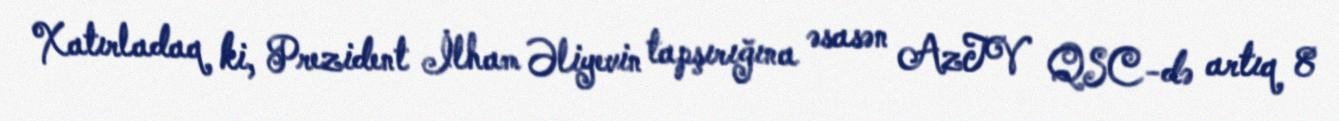
Xatırladaq ki, Prezident İlham Əliyevin tapşırığına əsasən AzTV QSC-də artıq 8